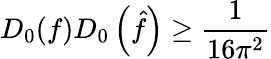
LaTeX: D_{0}(f)D_{0}\left({\hat{f}}\right)\geq{\frac{1}{16\pi^{2}}}